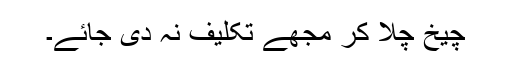
چیخ چلا کر مجھے تکلیف نہ دی جائے۔